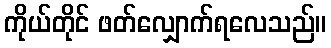
ကိုယ်တိုင် ဖတ်လျှောက်ရလေသည်။